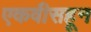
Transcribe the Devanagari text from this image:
एकवीसहून